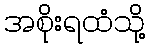
အစိုးရထံသို့